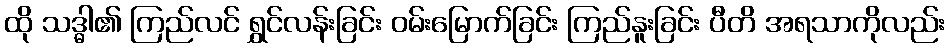
ထို သဒ္ဓါ၏ ကြည်လင် ရွှင်လန်းခြင်း ဝမ်းမြောက်ခြင်း ကြည်နူးခြင်း ပီတိ အရသာကိုလည်း